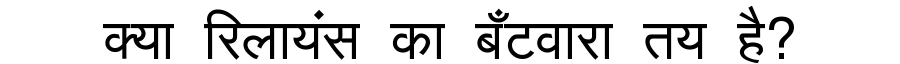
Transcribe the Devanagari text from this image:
क्या रिलायंस का बँटवारा तय है?